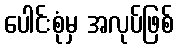
ပေါင်းစုံမှ အလုပ်ဖြစ်